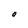
Character: O